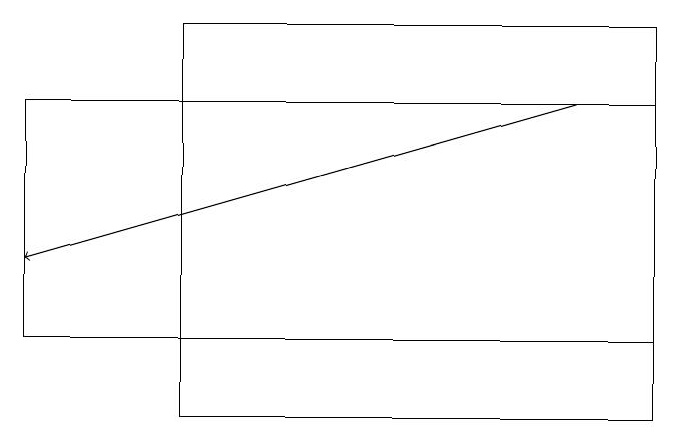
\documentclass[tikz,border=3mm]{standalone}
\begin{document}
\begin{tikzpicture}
\draw (8,12) rectangle (0,15);
\draw[->] (7,15) -- (0,13);
\draw (2,11) rectangle (8,16);
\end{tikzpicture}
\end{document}